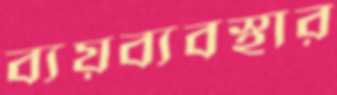
ব্যয়ব্যবস্থার